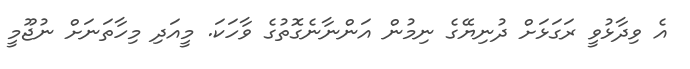
އެ ވިދާޅުވީ ރަގަޅަށް ދުނިޔޭގެ ނިމުން އަންނާނެގޮތުގެ ވާހަކަ. މީއަދި މިހާތަނަށް ނުޖޫމީ